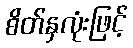
စိတ်နှလုံးဖြင့်